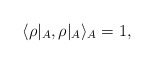
\begin{align*}\langle \rho|_A, \rho|_A \rangle_A = 1,\end{align*}